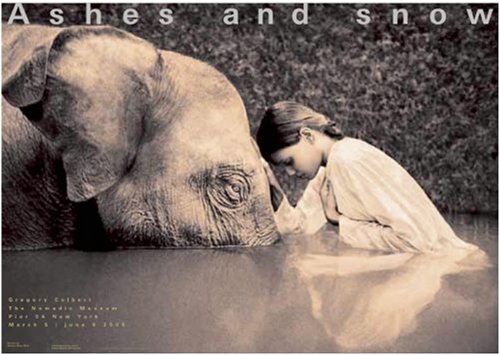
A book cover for Girl with elephant New York exhibition (standard poster) (Ashes and Snow Posters); Crafts, Hobbies & Home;